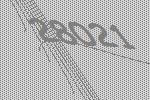
28021